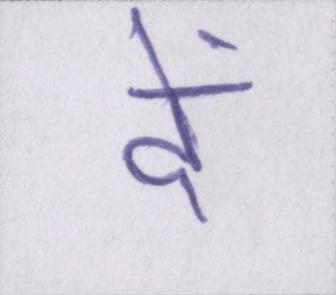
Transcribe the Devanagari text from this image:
दें